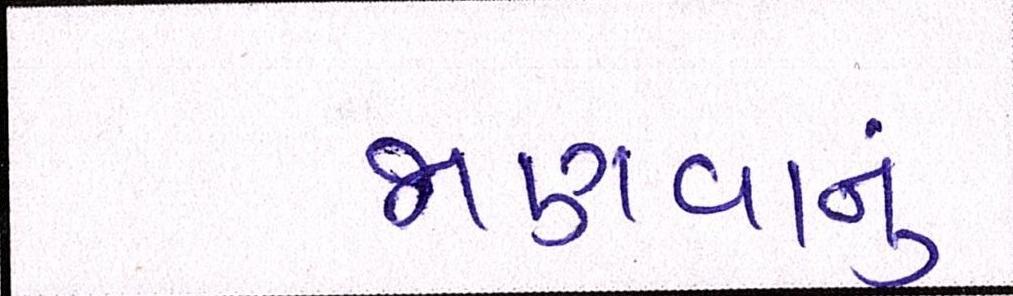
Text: જાણવાનું